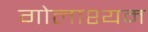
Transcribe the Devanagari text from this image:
गोलाश्यम